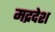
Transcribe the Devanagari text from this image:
मद्रदेश